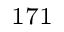
^ { 1 7 1 }